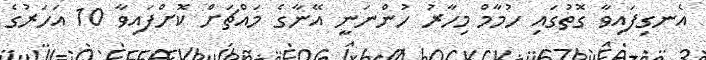
އެނގިފައިވާ ގޮތުގައި ހުމާމް މިހާރު ހުންނަނީ އޭނާގެ މައްޗަށް ކޮށްފައިވާ 10 އަހަރުގެ